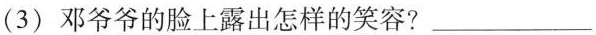
(3) 邓爷爷的脸上露出怎样的笑容? ___